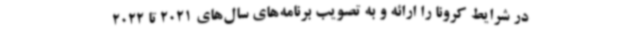
در شرایط کرونا را ارائه و به تصویب برنامه‌های سال‌های 2021 تا 2022